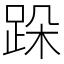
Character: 跺